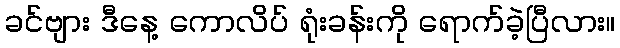
ခင်ဗျား ဒီနေ့ ကောလိပ် ရုံးခန်းကို ရောက်ခဲ့ပြီလား။